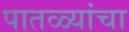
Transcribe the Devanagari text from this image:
पातळ्यांचा